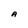
Character: A